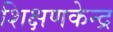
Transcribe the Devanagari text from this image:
शिक्षणकेन्द्र